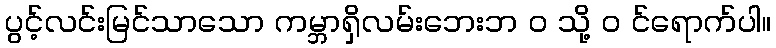
ပွင့်လင်းမြင်သာသော ကမ္ဘာရှိလမ်းဘေးဘ ၀ သို့ ၀ င်ရောက်ပါ။